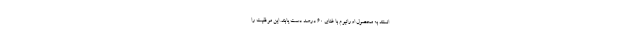
انستند به محصول اورانیوم با غنای ۶۰ درصد دست یابند. این موفقیت را